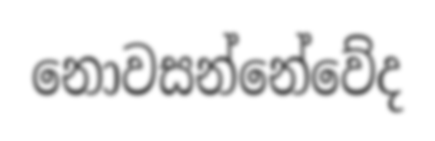
නොවසන්නේවේද